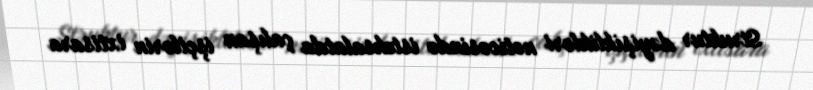
Struktur dəyişiklikləri nəticəsində istehsalatda çalışan işçilərin ixtisara